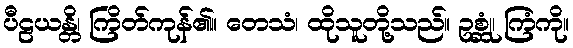
ပီဠယန္တိ၊ ကြိတ်ကုန်၏။ တေသံ၊ ထိုသူတို့သည်။ ဥစ္ဆုံ၊ ကြံကို။